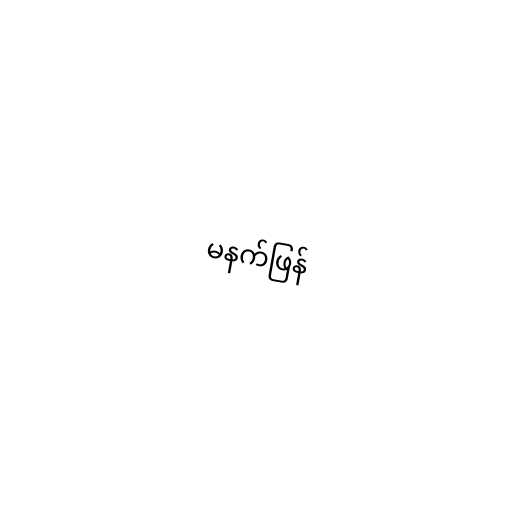
မနက်ဖြန်